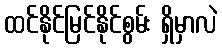
ထင်နိုင်မြင်နိုင်စွမ်း ရှိမှာလဲ